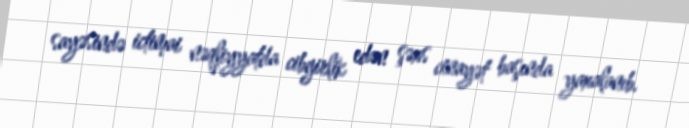
sayəsində ictimai nəqliyyatda cibgirlik edən şəxs cinayət başında yaxalanıb.